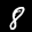
Label: 8